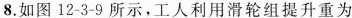
8.如图12-3-9所示，工人利用滑轮组提升重为